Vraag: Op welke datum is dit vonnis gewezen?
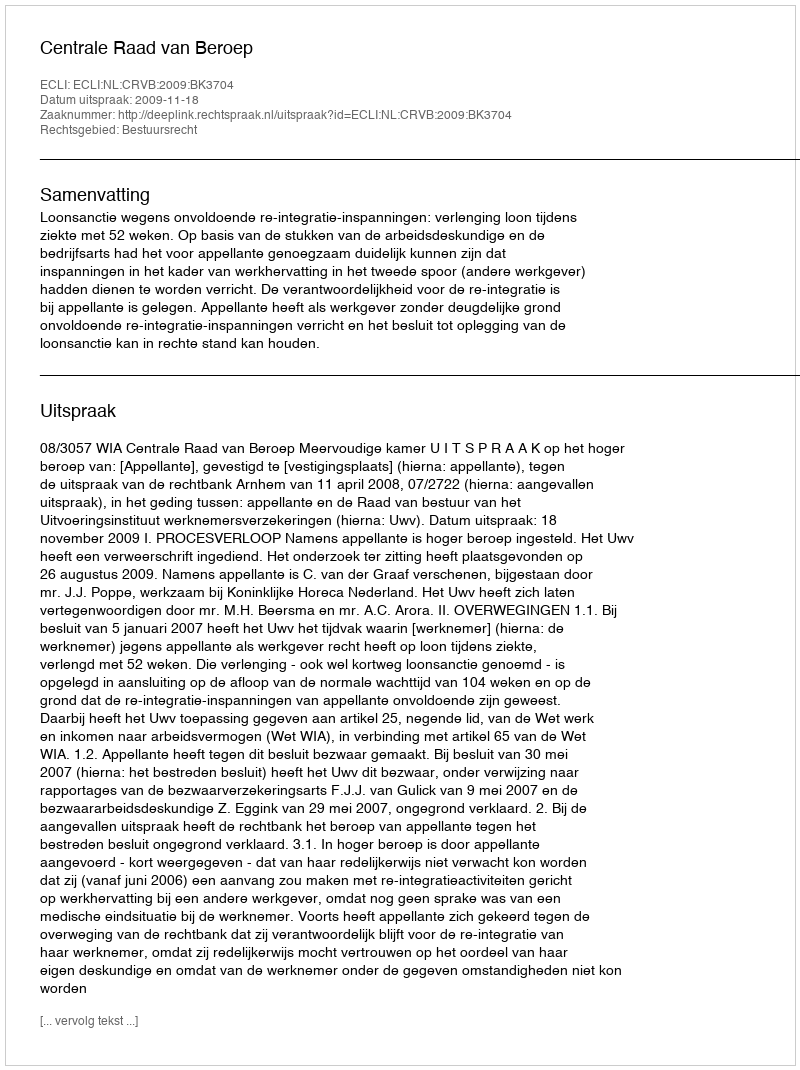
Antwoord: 2009-11-18